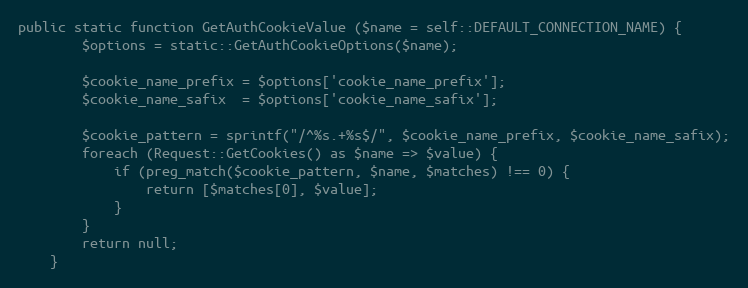
Language: PHP
public static function GetAuthCookieValue ($name = self::DEFAULT_CONNECTION_NAME) {
		$options = static::GetAuthCookieOptions($name);

		$cookie_name_prefix	= $options['cookie_name_prefix'];
		$cookie_name_safix	= $options['cookie_name_safix'];

		$cookie_pattern	= sprintf("/^%s.+%s$/", $cookie_name_prefix, $cookie_name_safix);
		foreach (Request::GetCookies() as $name => $value) {
			if (preg_match($cookie_pattern, $name, $matches) !== 0) {
				return [$matches[0], $value];
			}
		}
		return null;
	}